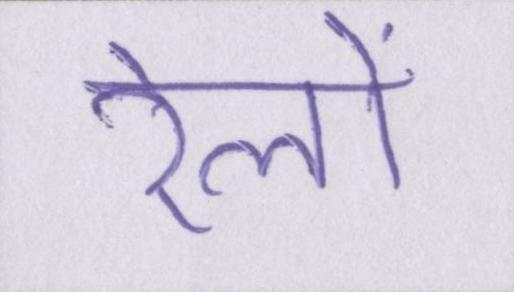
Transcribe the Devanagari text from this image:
रेलों